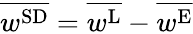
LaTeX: \overline{{w^{\textnormal{SD}}}}=\overline{{w^{\textnormal{L}}}}-\overline{{w^{\textnormal{E}}}}